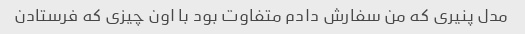
مدل پنیری که‌ من سفارش دادم متفاوت بود با اون چیزی که فرستادن